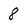
Character: 8